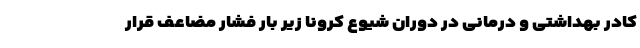
کادر بهداشتی و درمانی در دوران شیوع کرونا زیر بار فشار مضاعف قرار